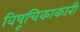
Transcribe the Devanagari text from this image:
विषूचिकाकारी